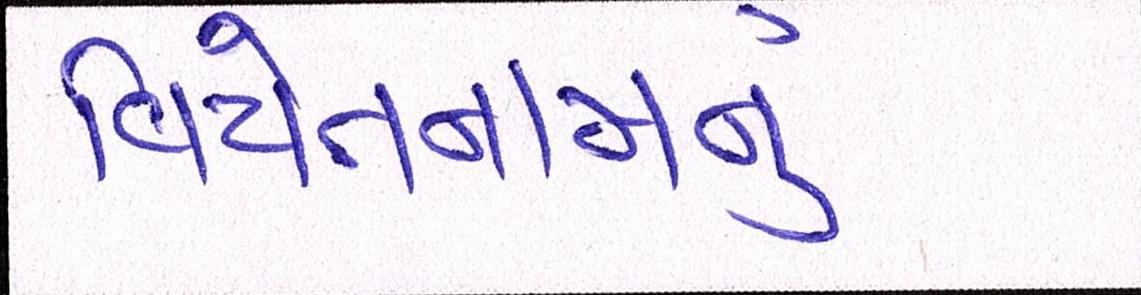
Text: વિયેતનામનું